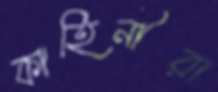
কাহিনীরা